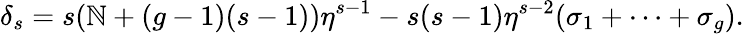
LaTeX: \delta_{s}=s(\mathbb{N}+(g-1)(s-1))\eta^{s-1}-s(s-1)\eta^{s-2}(\sigma_{1}+\cdots+\sigma_{g}).